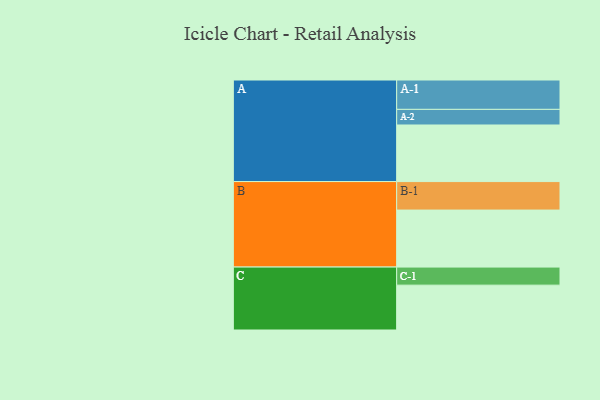
{"axis": {"x": "Segment", "y": "Value"}, "legend": ["", "A", "B", "C"], "data": [{"x": "A", "y": 391, "type": ""}, {"x": "B", "y": 394, "type": ""}, {"x": "C", "y": 310, "type": ""}, {"x": "A-1", "y": 203, "type": "A"}, {"x": "A-2", "y": 108, "type": "A"}, {"x": "B-1", "y": 197, "type": "B"}, {"x": "C-1", "y": 125, "type": "C"}]}